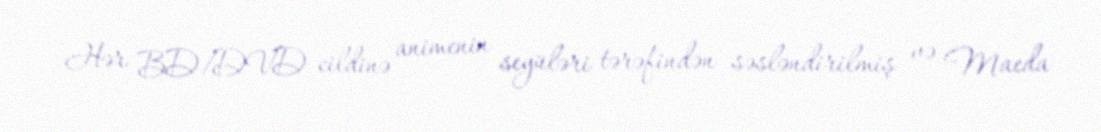
Hər BD/DVD cildinə animenin seyüləri tərəfindən səsləndirilmiş və Maeda